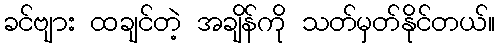
ခင်ဗျား ထချင်တဲ့ အချိန်ကို သတ်မှတ်နိုင်တယ်။